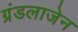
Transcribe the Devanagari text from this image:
ग्रंडलाजेन